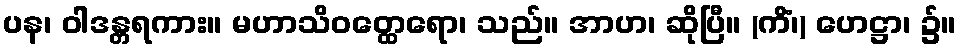
ပန၊ ဝါဒန္တရကား။ မဟာသိဝတ္ထေရော၊ သည်။ အာဟ၊ ဆိုပြီ။ (ကိံ၊) ဟေဋ္ဌာ၊ ၌။